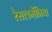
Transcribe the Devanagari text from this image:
रेसलमेंनिया